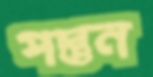
পস্তুন